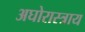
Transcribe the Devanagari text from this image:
अघोरास्त्राय